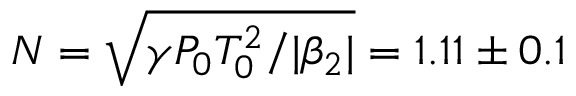
N = \sqrt { \gamma P _ { 0 } T _ { 0 } ^ { 2 } / | \beta _ { 2 } | } = 1 . 1 1 \pm 0 . 1